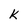
Character: k